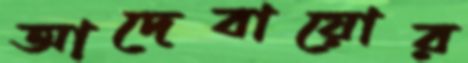
আদেবায়োর